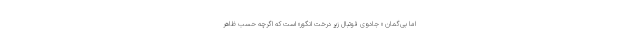
اما بی‌گمان « جادوی فوتبال زیر درخت انگور» است که اگرچه حسب ظاهر